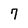
Character: 7